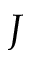
J